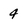
Character: 4